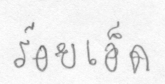
ร้อยเอ็ด